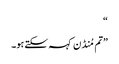
“
”تم مُنڈن کہہ سکتے ہو۔